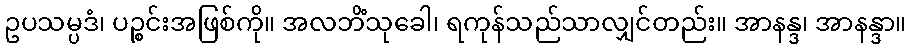
ဥပသမ္ပဒံ၊ ပဉ္စင်းအဖြစ်ကို။ အလဘိံသုခေါ၊ ရကုန်သည်သာလျှင်တည်း။ အာနန္ဒ၊ အာနန္ဒာ။